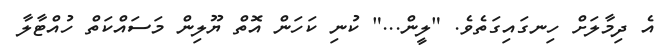
އެ ދިމާލަށް ހިނގައިގަތެވެ. "ލީން..." ކުނި ކަހަން އޮތް ޔޫލިން މަސައްކަތް ހުއްޓާލާ